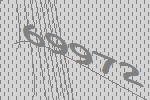
69972